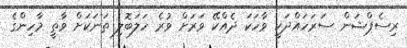
ރިސެޕްޝަން ސަރަހައްދަކީ ވާހަކަ ދެއްކޭ ވަރަށް ވުރެ ހަލަބޮލި ތަނަކަށް ވާތީ މާހިންގެ